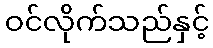
ဝင်လိုက်သည်နှင့်